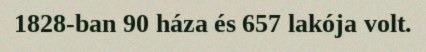
1828-ban 90 háza és 657 lakója volt.